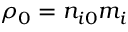
\rho _ { 0 } = n _ { i 0 } m _ { i }